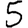
Digit: 5